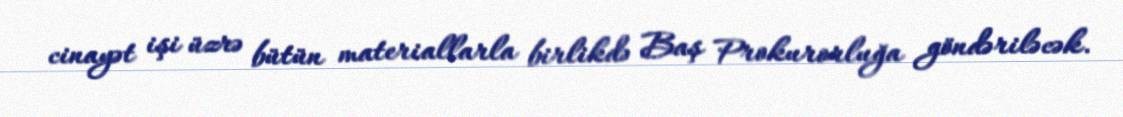
cinayət işi üzrə bütün materiallarla birlikdə Baş Prokurorluğa göndəriləcək.